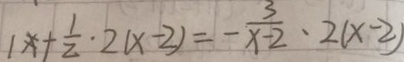
1 x + \frac { 1 } { 2 } \cdot 2 ( x - 2 ) = - \frac { 3 } { x - 2 } \cdot 2 ( x - 2 )